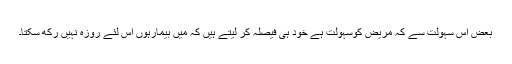
بعض اس سہولت سے کہ مریض کوسہولت ہے خود ہی فیصلہ کر لیتے ہیں کہ مَیں بیمارہوں اس لئے روزہ نہیں رکھ سکتا۔